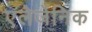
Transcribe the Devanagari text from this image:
एलेर्जेनिक